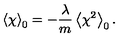
\left\langle \chi \right\rangle _ { 0 } = - \frac { \lambda } { m } \left\langle \chi ^ { 2 } \right\rangle _ { 0 } .